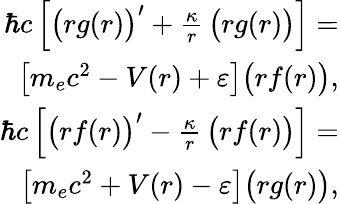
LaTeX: \begin{array}{r}{\hbar c\, \Big[\big(rg(r)\big)^{\prime}+\frac{\kappa}{r}\, \big(rg(r)\big)\Big]=}\\ {\big[m_{e}c^{2}-V(r)+\varepsilon\big]\big(rf(r)\big),}\\ {\hbar c\, \Big[\big(rf(r)\big)^{\prime}-\frac{\kappa}{r}\, \big(rf(r)\big)\Big]=}\\ {\big[m_{e}c^{2}+V(r)-\varepsilon\big]\big(rg(r)\big),}\end{array}